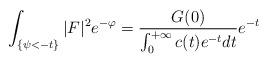
LaTeX: \begin{align*}\int_{\{\psi<-t\}}|F|^2e^{-\varphi}=\frac{G(0)}{\int_0^{+\infty}c(t)e^{-t}dt}e^{-t}\end{align*}